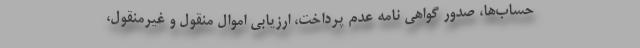
حساب‌ها، صدور گواهی نامه عدم پرداخت، ارزیابی اموال منقول و غیرمنقول،